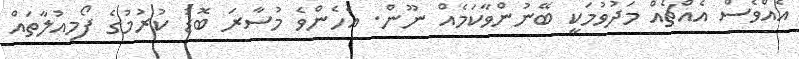
އެއްވެސް އެއްޗެއް މަދުވުމަކީ ބޭނުންވާކަމެއް ނޫން. އެހެންވެ މުސާރަ ބޮޑު ކުރުމުގެ ފޯމިއުލާތައް